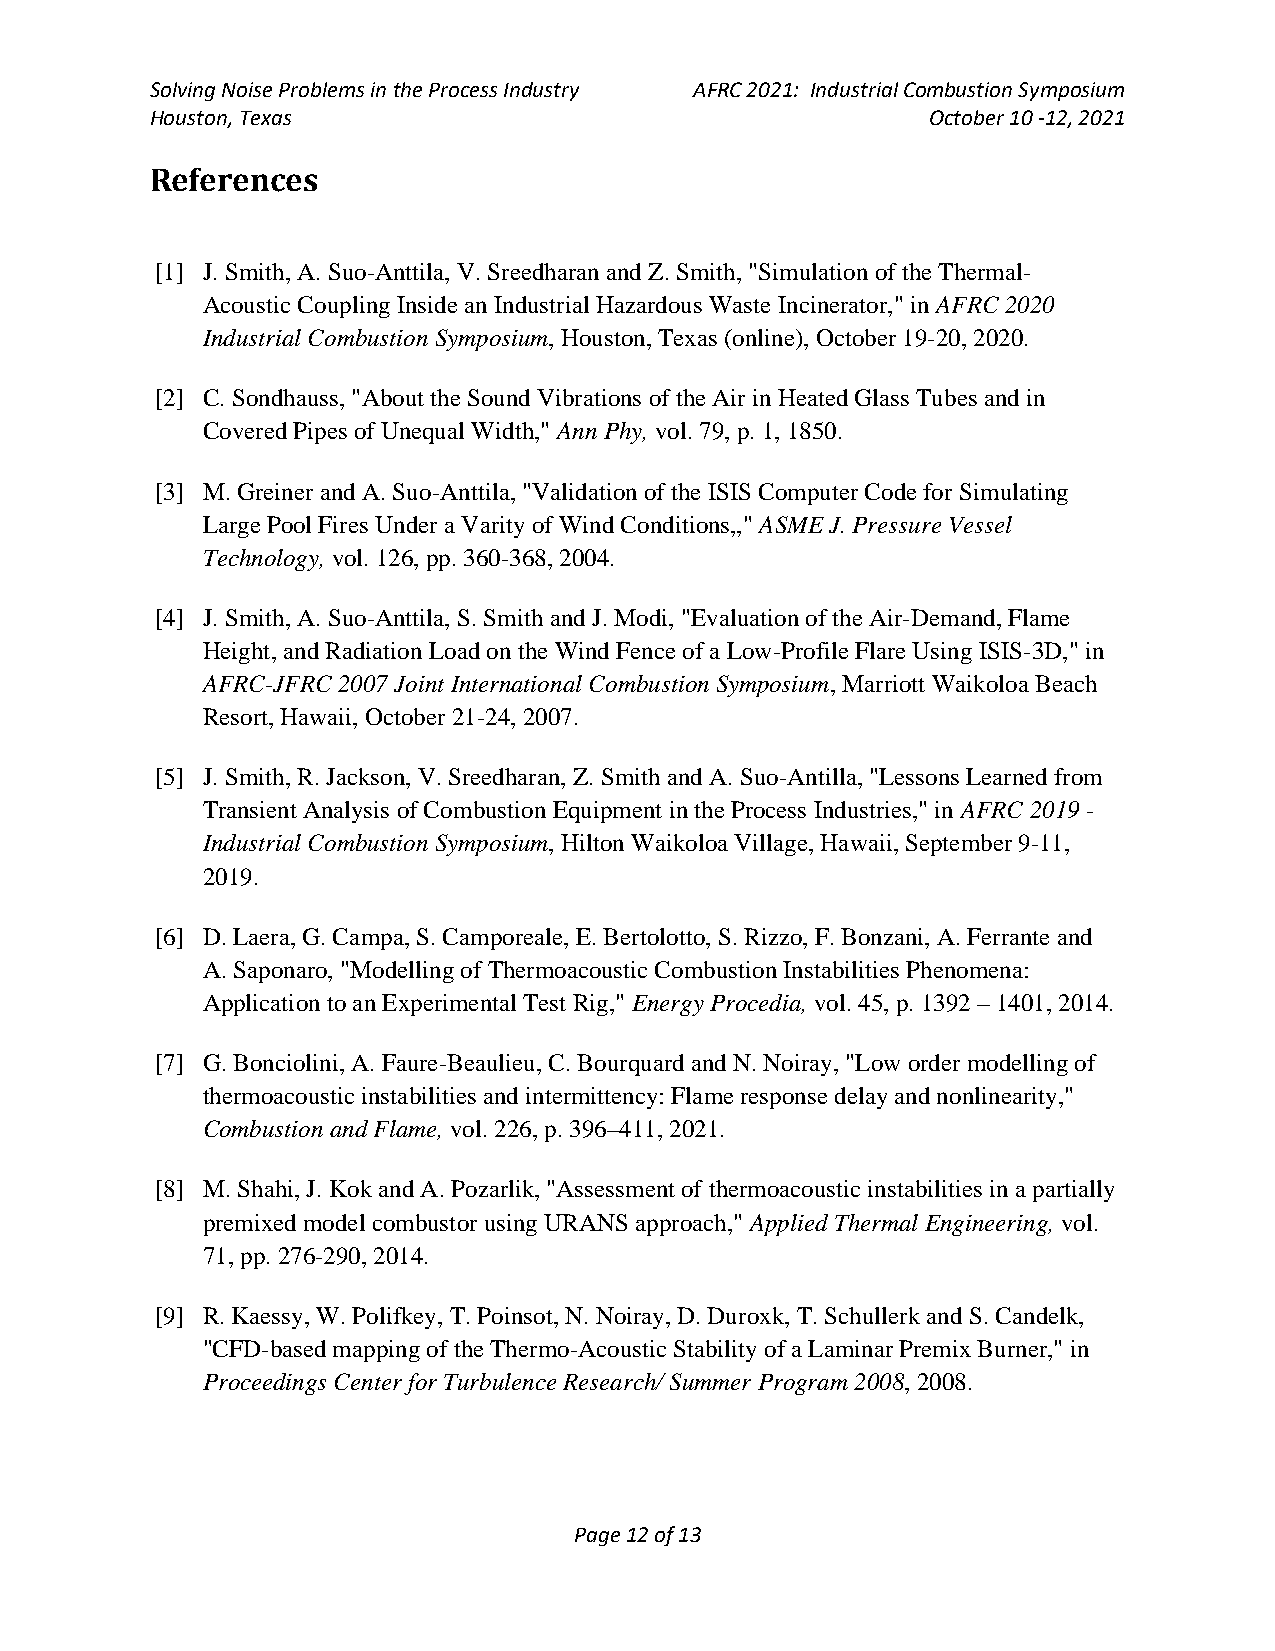
Solving Noise Problems in the Process Industry AFRC 2021: Industrial Combustion Symposium
 Houston, Texas                                      October 10 -12, 2021
 References
 [1] J. Smith, A. Suo-Anttila, V. Sreedharan and Z. Smith, "Simulation of the Thermal-
 Acoustic Coupling Inside an Industrial Hazardous Waste Incinerator," in AFRC 2020
 Industrial Combustion Symposium, Houston, Texas (online), October 19-20, 2020.
 [2] C. Sondhauss, "About the Sound Vibrations of the Air in Heated Glass Tubes and in
 Covered Pipes of Unequal Width," Ann Phy, vol. 79, p. 1, 1850.
 [3] M. Greiner and A. Suo-Anttila, "Validation of the ISIS Computer Code for Simulating
 Large Pool Fires Under a Varity of Wind Conditions,," ASME J. Pressure Vessel
 Technology, vol. 126, pp. 360-368, 2004.
 [4] J. Smith, A. Suo-Anttila, S. Smith and J. Modi, "Evaluation of the Air-Demand, Flame
 Height, and Radiation Load on the Wind Fence of a Low-Profile Flare Using ISIS-3D," in
 AFRC-JFRC 2007 Joint International Combustion Symposium, Marriott Waikoloa Beach
 Resort, Hawaii, October 21-24, 2007.
 [5] J. Smith, R. Jackson, V. Sreedharan, Z. Smith and A. Suo-Antilla, "Lessons Learned from
 Transient Analysis of Combustion Equipment in the Process Industries," in AFRC 2019 -
 Industrial Combustion Symposium, Hilton Waikoloa Village, Hawaii, September 9-11,
 2019.
 [6] D. Laera, G. Campa, S. Camporeale, E. Bertolotto, S. Rizzo, F. Bonzani, A. Ferrante and
 A. Saponaro, "Modelling of Thermoacoustic Combustion Instabilities Phenomena:
 Application to an Experimental Test Rig," Energy Procedia, vol. 45, p. 1392 – 1401, 2014.
 [7] G. Bonciolini, A. Faure-Beaulieu, C. Bourquard and N. Noiray, "Low order modelling of
 thermoacoustic instabilities and intermittency: Flame response delay and nonlinearity,"
 Combustion and Flame, vol. 226, p. 396–411, 2021.
 [8] M. Shahi, J. Kok and A. Pozarlik, "Assessment of thermoacoustic instabilities in a partially
 premixed model combustor using URANS approach," Applied Thermal Engineering, vol.
 71, pp. 276-290, 2014.
 [9] R. Kaessy, W. Polifkey, T. Poinsot, N. Noiray, D. Duroxk, T. Schullerk and S. Candelk,
 "CFD-based mapping of the Thermo-Acoustic Stability of a Laminar Premix Burner," in
 Proceedings Center for Turbulence Research/ Summer Program 2008, 2008.
 Page 12 of 13